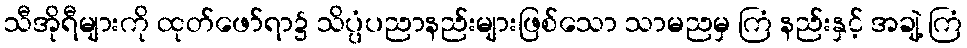
သီအိုရီများကို ထုတ်ဖော်ရာ၌ သိပ္ပံပညာနည်းများဖြစ်သော သာမညမှ ကြံ နည်းနှင့် အချဲ့ ကြံ